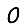
Digit: 0